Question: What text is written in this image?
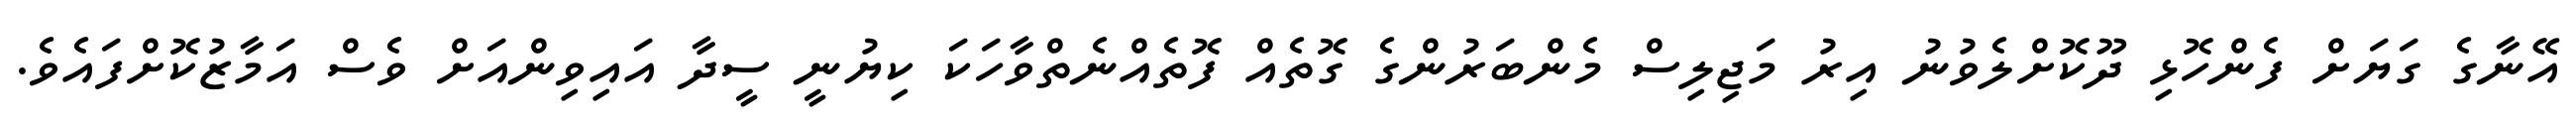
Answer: އޭނާގެ ގަޔަށް ފެންހޮޅި ދޫކޮށްލެވުނު އިރު މަޖިލިސް މެންބަރުންގެ ގޮތެއް ފޮތެއްނެތްވާހަކަ ކިޔުނީ ސީދާ އައިވިންއަށް ވެސް އަމާޒުކޮށްފައެވެ.